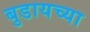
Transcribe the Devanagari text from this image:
बुडायच्या